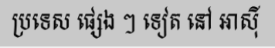
ប្រទេស ផ្សេង ៗ ទៀត នៅ អាស៊ី